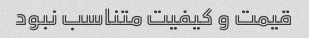
قیمت و کیفیت متناسب نبود